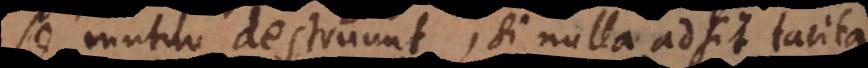
se mutuo destruunt, si nulla adsit tacita.